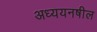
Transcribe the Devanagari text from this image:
अध्ययनषील